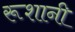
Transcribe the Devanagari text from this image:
रूशानी